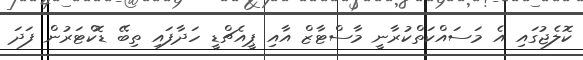
ކޮލެޖުގައި އެ މަސައްކަތްކުރާނީ މާސްޓާޒް އާއި ޕީއެޗްޑީ ހަދާފައި ތިބޭ ޑޮކްޓަރުން ފަދަ